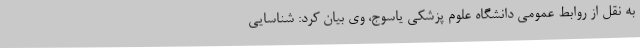
به نقل از روابط عمومی دانشگاه علوم پزشکی یاسوج، وی بیان کرد: شناسایی